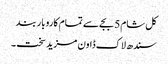
کل شام 5 بجے سے تمام کاروبار بند
سندھ لاک ڈاون مزید سخت ۔